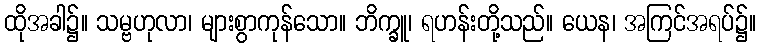
ထိုအခါ၌။ သမ္ဗဟုလာ၊ များစွာကုန်သော။ ဘိက္ခူ၊ ရဟန်းတို့သည်။ ယေန၊ အကြင်အရပ်၌။